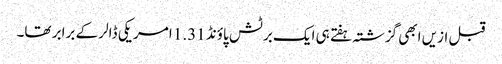
قبل ازیں ابھی گزشتہ ہفتے ہی ایک برٹش پاؤنڈ 1.31 امریکی ڈالر کے برابر تھا۔